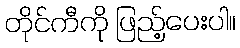
တိုင်ကီကို ဖြည့်ပေးပါ။